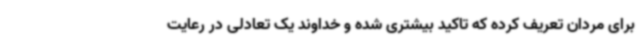
برای مردان تعریف کرده که تاکید بیشتری شده و خداوند یک تعادلی در رعایت